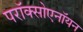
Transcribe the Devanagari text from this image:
परॉक्सोएनॉयन